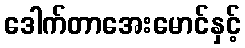
ဒေါက်တာအေးမောင်နှင့်